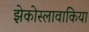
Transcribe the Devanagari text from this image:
झेकोस्लावाकिया